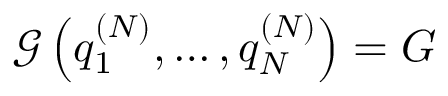
\mathcal { G } \left( q _ { 1 } ^ { ( N ) } , \dots , q _ { N } ^ { ( N ) } \right) = G